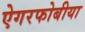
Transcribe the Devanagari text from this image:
ऐगरफोबीया